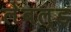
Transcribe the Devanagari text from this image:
लेबल्ड